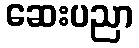
ဆေးပညာ